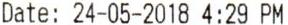
DATE: 24-05-2018 4:29 PM